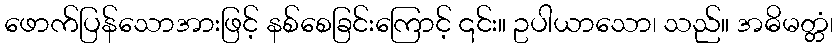
ဖောက်ပြန်သောအားဖြင့် နစ်စေခြင်းကြောင့် ၎င်း။ ဥပါယာသော၊ သည်။ အဓိမတ္တံ၊